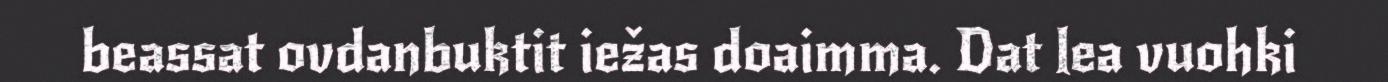
beassat ovdanbuktit iežas doaimma. Dat lea vuohki